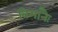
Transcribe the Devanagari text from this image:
विमानैः